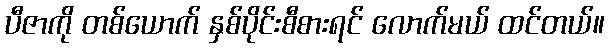
ပီဇာကို တစ်ယောက် နှစ်ပိုင်းစီစားရင် လောက်မယ် ထင်တယ်။